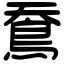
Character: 鴌